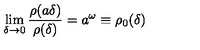
\lim _ { \delta \rightarrow 0 } \frac { \rho ( a \delta ) } { \rho ( \delta ) } = a ^ { \omega } \equiv \rho _ { 0 } ( \delta )